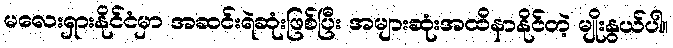
မလေးရှားနိုင်ငံမှာ အဆင်းရဲဆုံးဖြစ်ပြီး အများဆုံးအထိနာနိုင်တဲ့ မျိုးနွယ်ပါ။